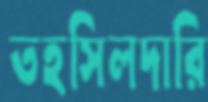
তহসিলদারি